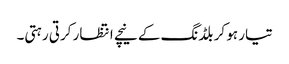
تیار ہو کر بلڈنگ کے نیچے انتظار کرتی رہتی۔